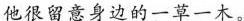
他很留意身边的一草一木。